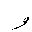
Letter: _waw